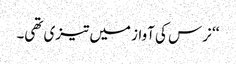
‘‘ نرس کی آواز میں تیزی تھی۔